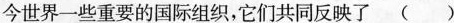
今世界一些重要的国际组织，它们共同反映了 ( )